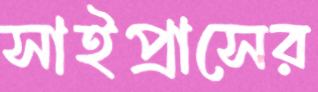
সাইপ্রাসের